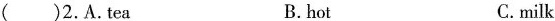
（）2.A.tea B. hot C.milk